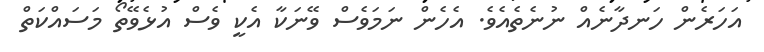
އަހަރެން ހަނދާނެއް ނުނެތެއެވެ. އެހެން ނަމަވެސް ވޭނަކާ އެކީ ވެސް އުޅެވޭތޯ މަސައްކަތް